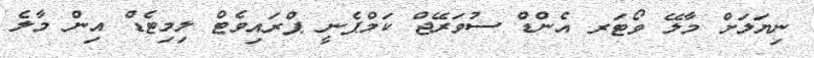
ނިޔަލަށް މާލޭ ވޯޓަރ އެންޑް ސުވަރޭޖް ކަމްޕެނީ ޕްރައިވެޓް ލިމިޓެޑް އިން މާލެ